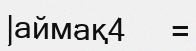
|аймақ4     =